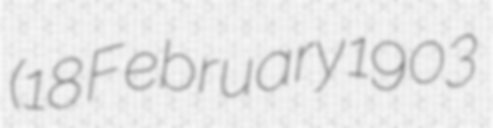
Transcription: (18 February 1903